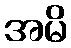
အမိ